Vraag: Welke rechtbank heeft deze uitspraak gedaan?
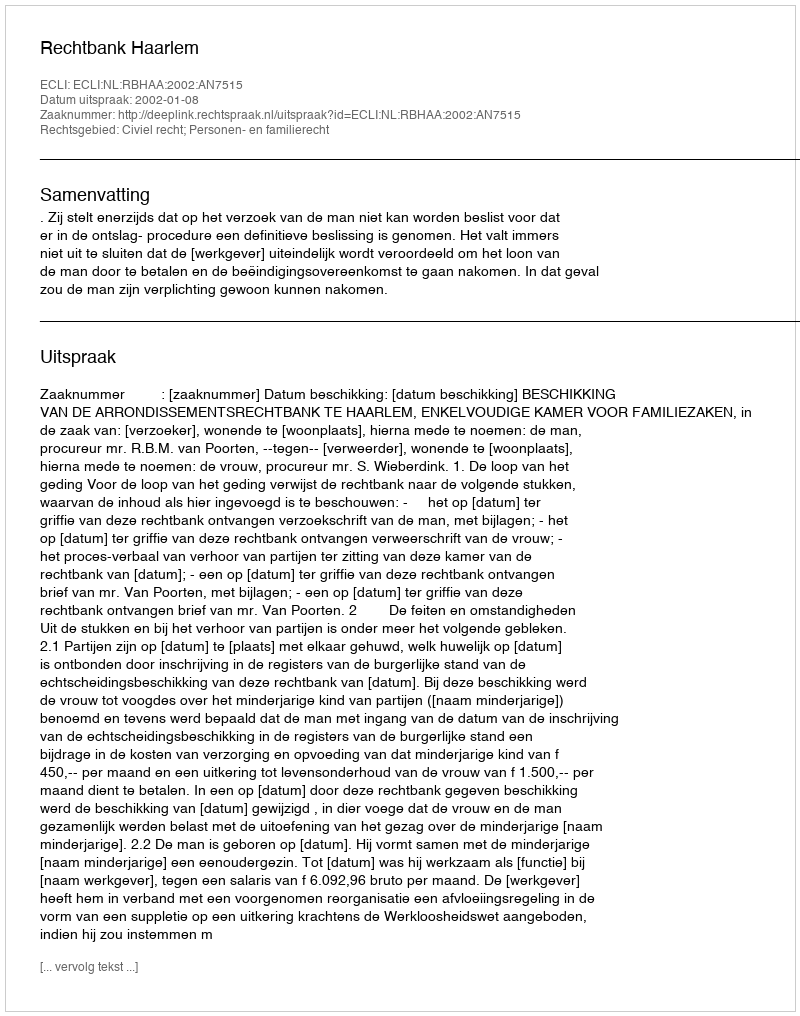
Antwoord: Rechtbank Haarlem